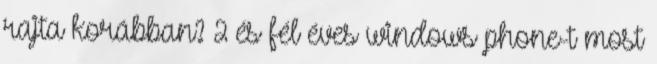
rajta korábban? 2 és fél éves windows phone-t most